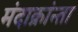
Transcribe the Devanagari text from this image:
मंदाक्रांन्ता